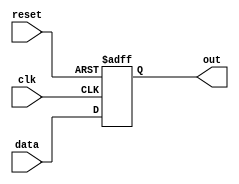
module reg_N_bits_with_areset
#(parameter N =8)(input clk, reset,
						input wire[N-1:0] data,
						output reg [N-1:0] out);
						
	always @(posedge clk, posedge reset)
		if(reset) out <=0;
		else out <= data;
	
endmodule